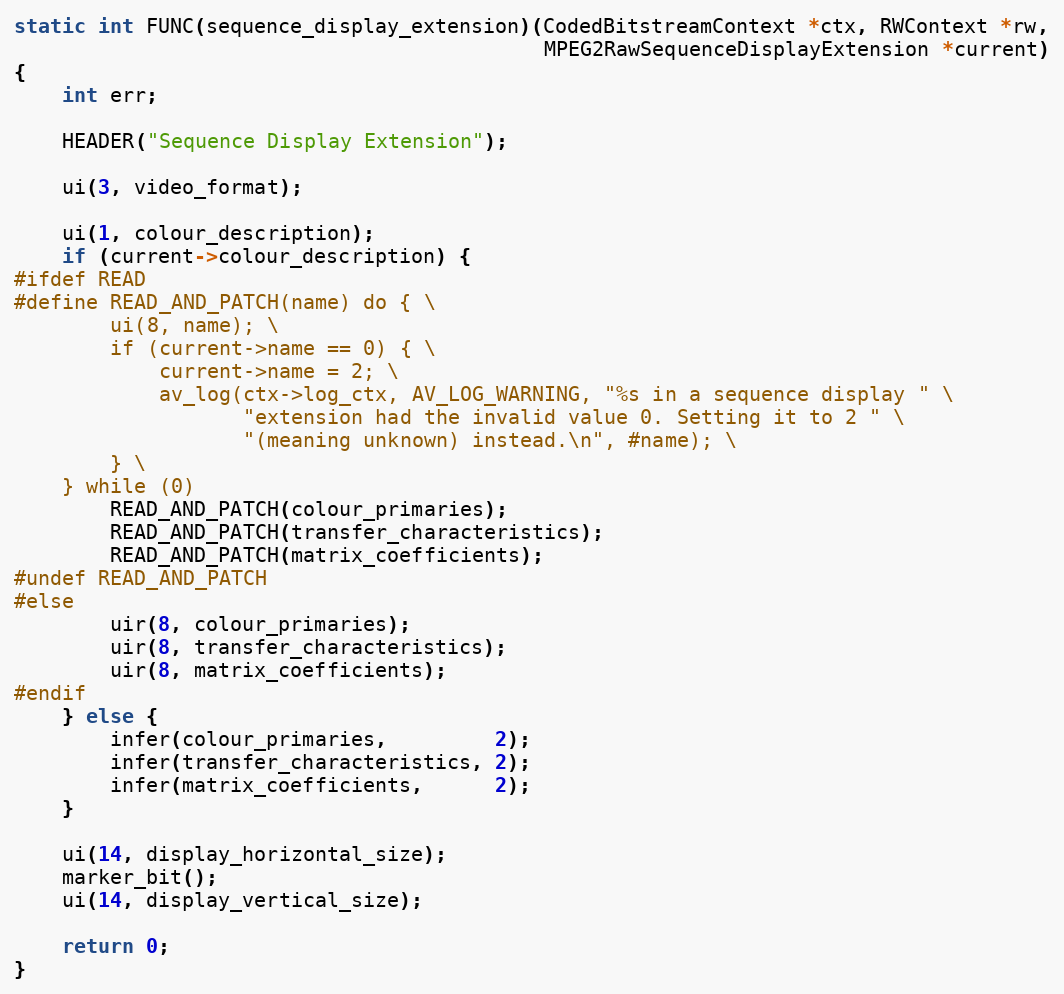
Language: C
static int FUNC(sequence_display_extension)(CodedBitstreamContext *ctx, RWContext *rw,
                                            MPEG2RawSequenceDisplayExtension *current)
{
    int err;

    HEADER("Sequence Display Extension");

    ui(3, video_format);

    ui(1, colour_description);
    if (current->colour_description) {
#ifdef READ
#define READ_AND_PATCH(name) do { \
        ui(8, name); \
        if (current->name == 0) { \
            current->name = 2; \
            av_log(ctx->log_ctx, AV_LOG_WARNING, "%s in a sequence display " \
                   "extension had the invalid value 0. Setting it to 2 " \
                   "(meaning unknown) instead.\n", #name); \
        } \
    } while (0)
        READ_AND_PATCH(colour_primaries);
        READ_AND_PATCH(transfer_characteristics);
        READ_AND_PATCH(matrix_coefficients);
#undef READ_AND_PATCH
#else
        uir(8, colour_primaries);
        uir(8, transfer_characteristics);
        uir(8, matrix_coefficients);
#endif
    } else {
        infer(colour_primaries,         2);
        infer(transfer_characteristics, 2);
        infer(matrix_coefficients,      2);
    }

    ui(14, display_horizontal_size);
    marker_bit();
    ui(14, display_vertical_size);

    return 0;
}